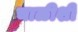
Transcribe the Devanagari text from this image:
चाळीशी